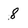
Character: 8